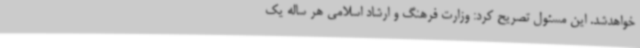
خواهدشد. این مسئول تصریح کرد: وزارت فرهنگ و ارشاد اسلامی هر ساله یک